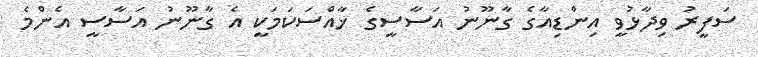
ސަފީރު ވިދާޅުވީ އިންޑިއާގެ ގާނޫނު އަސާސީގެ ޚާއްސަކަމަކީ އެ ގާނޫނު އަސާސީ އެންމެ